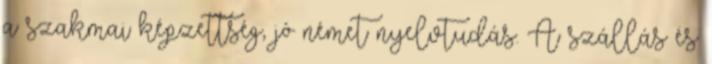
a szakmai képzettség, jó német nyelvtudás. A szállás és